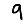
Digit: 9